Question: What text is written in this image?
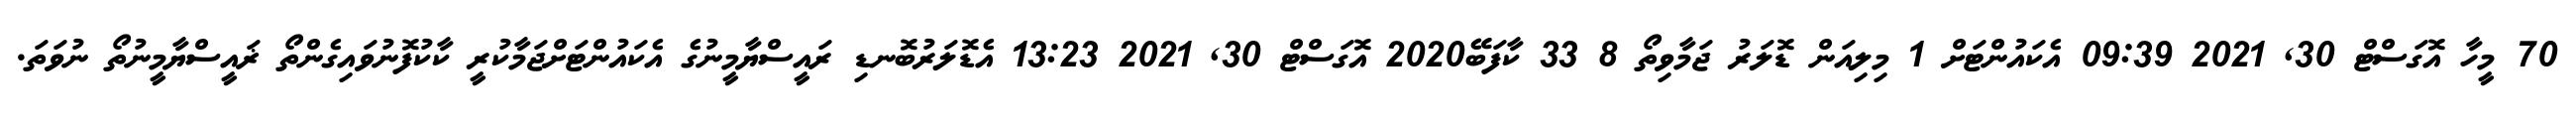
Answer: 70 މީހާ އޮގަސްޓް 30, 2021 09:39 އެކައުންޓަށް 1 މިލިއަން ޑޮލަރު ޖަމާވިތޯ 8 33 ކާފަބޭ2020 އޮގަސްޓް 30, 2021 13:23 އެޑޮލަރުބޮނޑި ރައީސްޔާމީނުގެ އެކައުންޓަށްޖަމާކުރީ ކާކުފޮނުވައިގެންތޯ ޜައީސްޔާމީނުތޯ ނުވަތަ.